system: You are a helpful assistant.
user:
Analyze the provided spectrum to determine if it is a **M-type Giant (gM)**.

A M-type Giant spectrum is defined by its **strong molecular absorption** features, particularly from **Titanium Oxide (TiO)**. You must check for one of the following mutually exclusive signatures:

- **Key Visual Indicators (Absorption-Dominated Spectrum):**

    - **(Primary):** The spectrum is dominated by strong molecular absorption from **Titanium Oxide (TiO)**. This is the **defining feature** of its M-type temperature class.
        - **(Key Bandheads):** Look for sharp, "saw-tooth" absorption valleys. The strongest are located near **~7050 Å**, **~6160 Å**, and **~5170 Å**.
        - **(Line Profile):** The "saw-tooth" morphology is critical: a **sharp, steep drop on the BLUE (short-wavelength) side** of the bandhead, followed by a gradual recovery (rising flux) towards the RED (long-wavelength) side.

    - **(Key Confirmation - Giant vs. Dwarf):** **ABSENCE** of strong **Calcium Hydride (CaH)** molecular bands. This is the primary diagnostic for *excluding* M-dwarfs.
        - **(Key Region):** The spectrum should lack the strong, broad absorption band seen in dwarfs between **~6800 Å and ~7000 Å**.

    - **(Secondary Confirmation - Giant):** A very strong and broad **Neutral Calcium (Ca I)** atomic absorption line.
        - **(Key Line):** Located at **~4226 Å**. In a giant (gM), this line is significantly deeper and broader than the same line in an M-dwarf (dM) due to low surface gravity.

    - **(Overall Spectrum):**
        - The continuum is **extremely red-sloping** (i.e., flux is very low in the blue and rises dramatically towards the red).
        - The entire spectrum appears "chopped up" by the deep TiO bands.

Think first, call **spectral_visualization_tool** if needed to examine features in detail, then provide your final answer. Your response must adhere to the following strict rules:
1.  **Overall Structure:** Your response must follow the format `<think>...</think> <tool_call>...</tool_call> (if a tool is used) <answer>...</answer>`.
2.  **Tool Usage Constraint:** You may only make **one** tool call per turn.
3.  **Final Answer Format:** In the `<answer>` tag, your conclusion must be inside a `\boxed{}` command (e.g., `\boxed{YES}` or `\boxed{NO}`), followed by your justification.

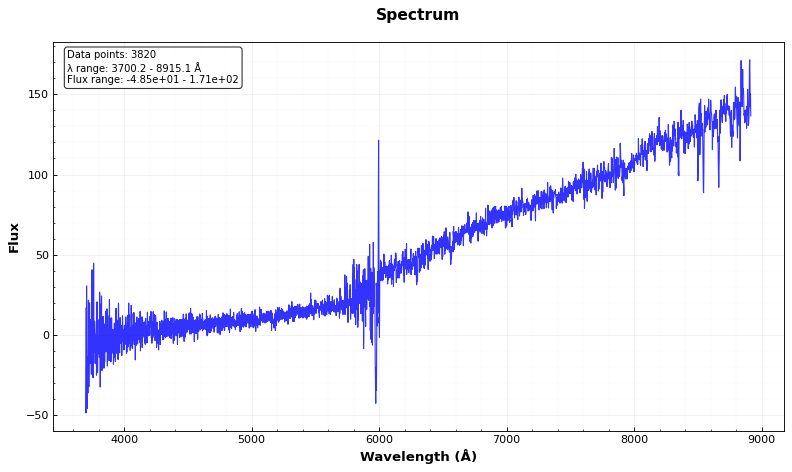
Answer: NO